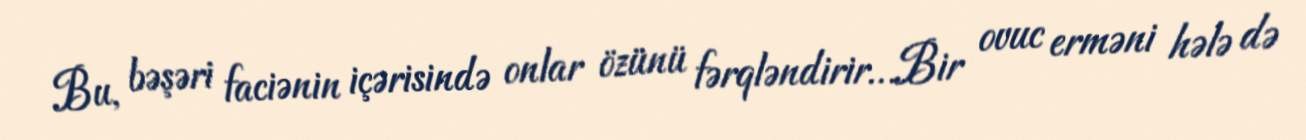
Bu, bəşəri faciənin içərisində onlar özünü fərqləndirir…Bir ovuc erməni hələ də